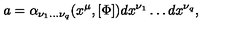
a = \alpha _ { \nu _ { 1 } \ldots \nu _ { q } } ( x ^ { \mu } , [ \Phi ] ) d x ^ { \nu _ { 1 } } \ldots d x ^ { \nu _ { q } } ,